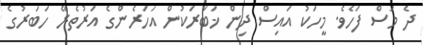
ދެ މަސް ފަހެވެ. މީހަކު އައިސް ދިން ޚަބަރަކުން އަހަރެންގެ އަރުތެރޭ ހަބަރުގެ